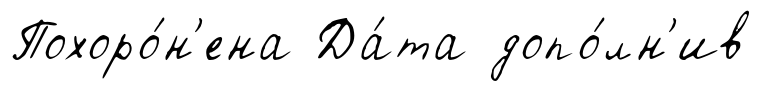
Похоро́н'ена Да́та допо́лн'ив